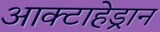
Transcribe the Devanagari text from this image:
आक्टाहेड्रान